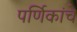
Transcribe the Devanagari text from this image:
पर्णिकांचे